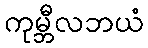
ကုမ္ဘီလဘယံ